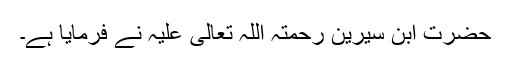
حضرت ابن سیرین رحمتہ اللہ تعالیٰ علیہ نے فرمایا ہے۔